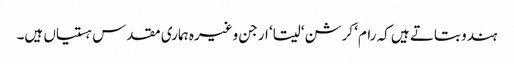
ہندو بتاتے ہیں کہ رام‘ کرشن‘ سیتا‘ ارجن وغیرہ ہماری مقدس ہستیاں ہیں۔